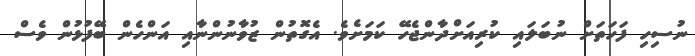
ނުސިހި ފަހަތަށް ނުބަލައި ކުރިއަށްދާންޖެހޭ ކަމަށެވެ. އެގޮތުން ޒުވާނުންނާއި އަންހެން ބޭފުޅުން ވެސް